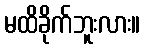
မထိခိုက်ဘူးလား။